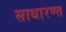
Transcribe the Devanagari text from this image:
साधारण्त